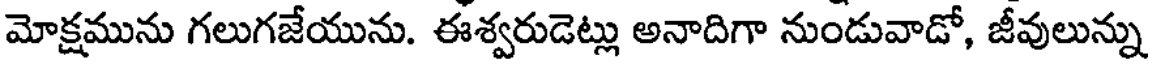
మోక్షమును గలుగజేయును. ఈశ్వరుడెట్లు అనాదిగా నుండువాడో, జీవులున్ను